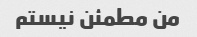
من مطمئن نیستم